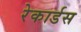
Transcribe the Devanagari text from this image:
रेकार्डस